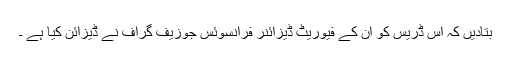
بتادیں کہ اس ڈریس کو ان کے فیوریٹ ڈیزائنر فرانسوئس جوزیف گراف نے ڈیزائن کیا ہے ۔